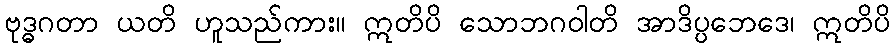
ဗုဒ္ဓဂတာ ယတိ ဟူသည်ကား။ ဣတိပိ သောဘဂဝါတိ အာဒိပ္ပဘေဒေ၊ ဣတိပိ